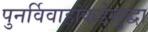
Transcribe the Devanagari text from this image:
पुनर्विवाहांकडेसुद्धा